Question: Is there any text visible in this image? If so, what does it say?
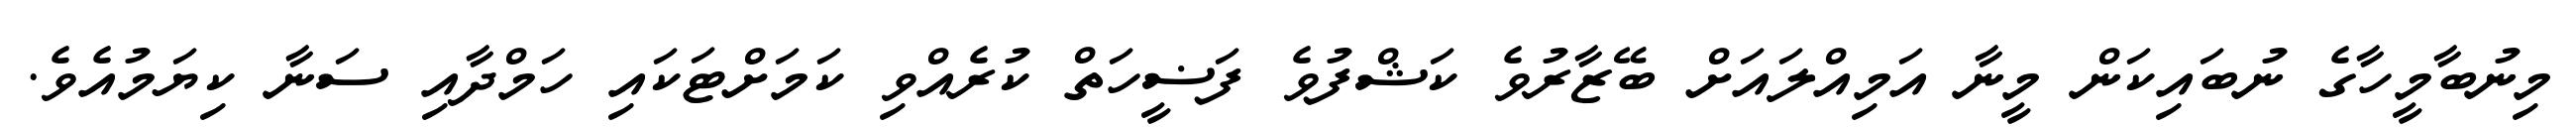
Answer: މިނުބާމީހާގެ ނުބައިކަން މީނާ އަމިއްލައަށް ބޭޒާރުވެ ކަޝްފުވެ ފަޟީހަތް ކުރެއްވި ކަމަށްޓަކައި ހަމްދާއި ސަނާ ކިޔަމުއެވެ.